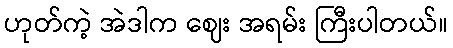
ဟုတ်ကဲ့ အဲဒါက ဈေး အရမ်း ကြီးပါတယ်။